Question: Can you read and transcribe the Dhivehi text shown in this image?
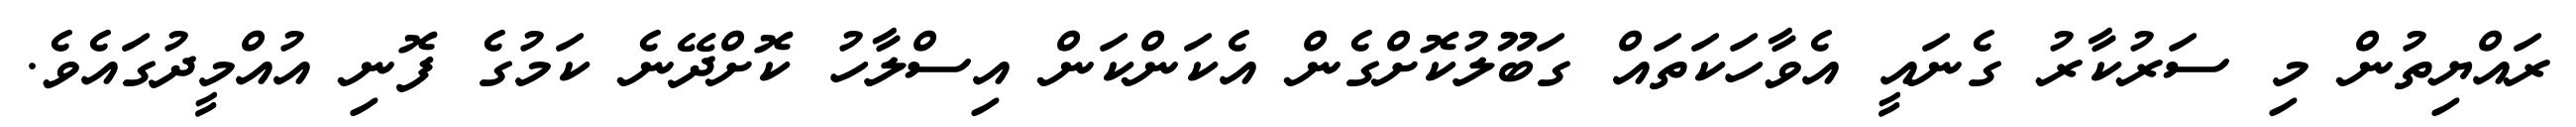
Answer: ރައްޔިތުން މި ސަރުކާރު ގެނައީ އެވާހަކަތައް ގަބޫލުކޮށްގެން އެކަންކަން އިސްލާހު ކޮށްދޭނެ ކަމުގެ ފޮނި އުއްމީދުގައެވެ.